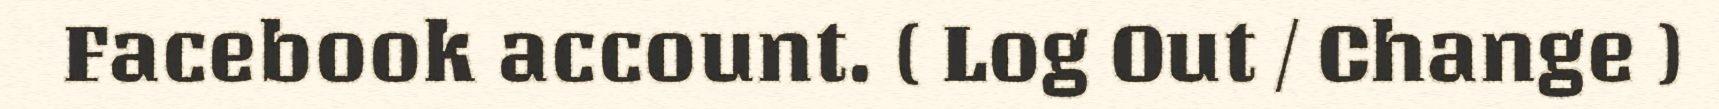
Facebook account. ( Log Out / Change )